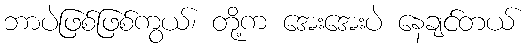
ဘာပဲဖြစ်ဖြစ်ကွယ်၊ တို့က အေးအေးပဲ နေချင်တယ်